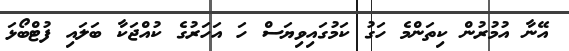
އޭނާ އުމުރުން ކިތަންމެ ހަގު ކަމުގައިވިޔަސް ހަ އަހަރުގެ ކުއްޖަކާ ބަލައި ފުޓްބޯޅަ